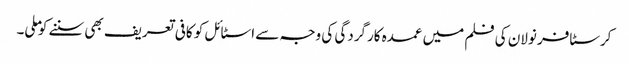
کرسٹافر نولان کی فلم میں عمدہ کارگردگی کی وجہ سے اسٹائل کو کافی تعریف بھی سننے کو ملی۔